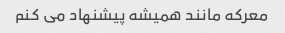
معرکه مانند همیشه پیشنهاد مى کنم